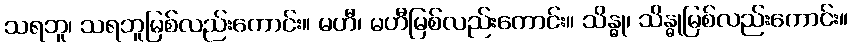
သရဘူ၊ သရဘူမြစ်လည်းကောင်း။ မဟီ၊ မဟီမြစ်လည်းကောင်း။ သိန္ဓု၊ သိန္ဓုမြစ်လည်းကောင်း။